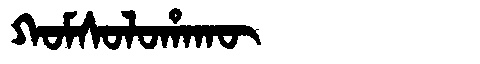
Manchu: ᡴᠣᠮᠰᠣᠯᠣᡥᠠᡴᡡ
Romanization: KOMSOLOHAKŪ